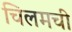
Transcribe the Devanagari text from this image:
चिलमची